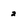
Character: 2